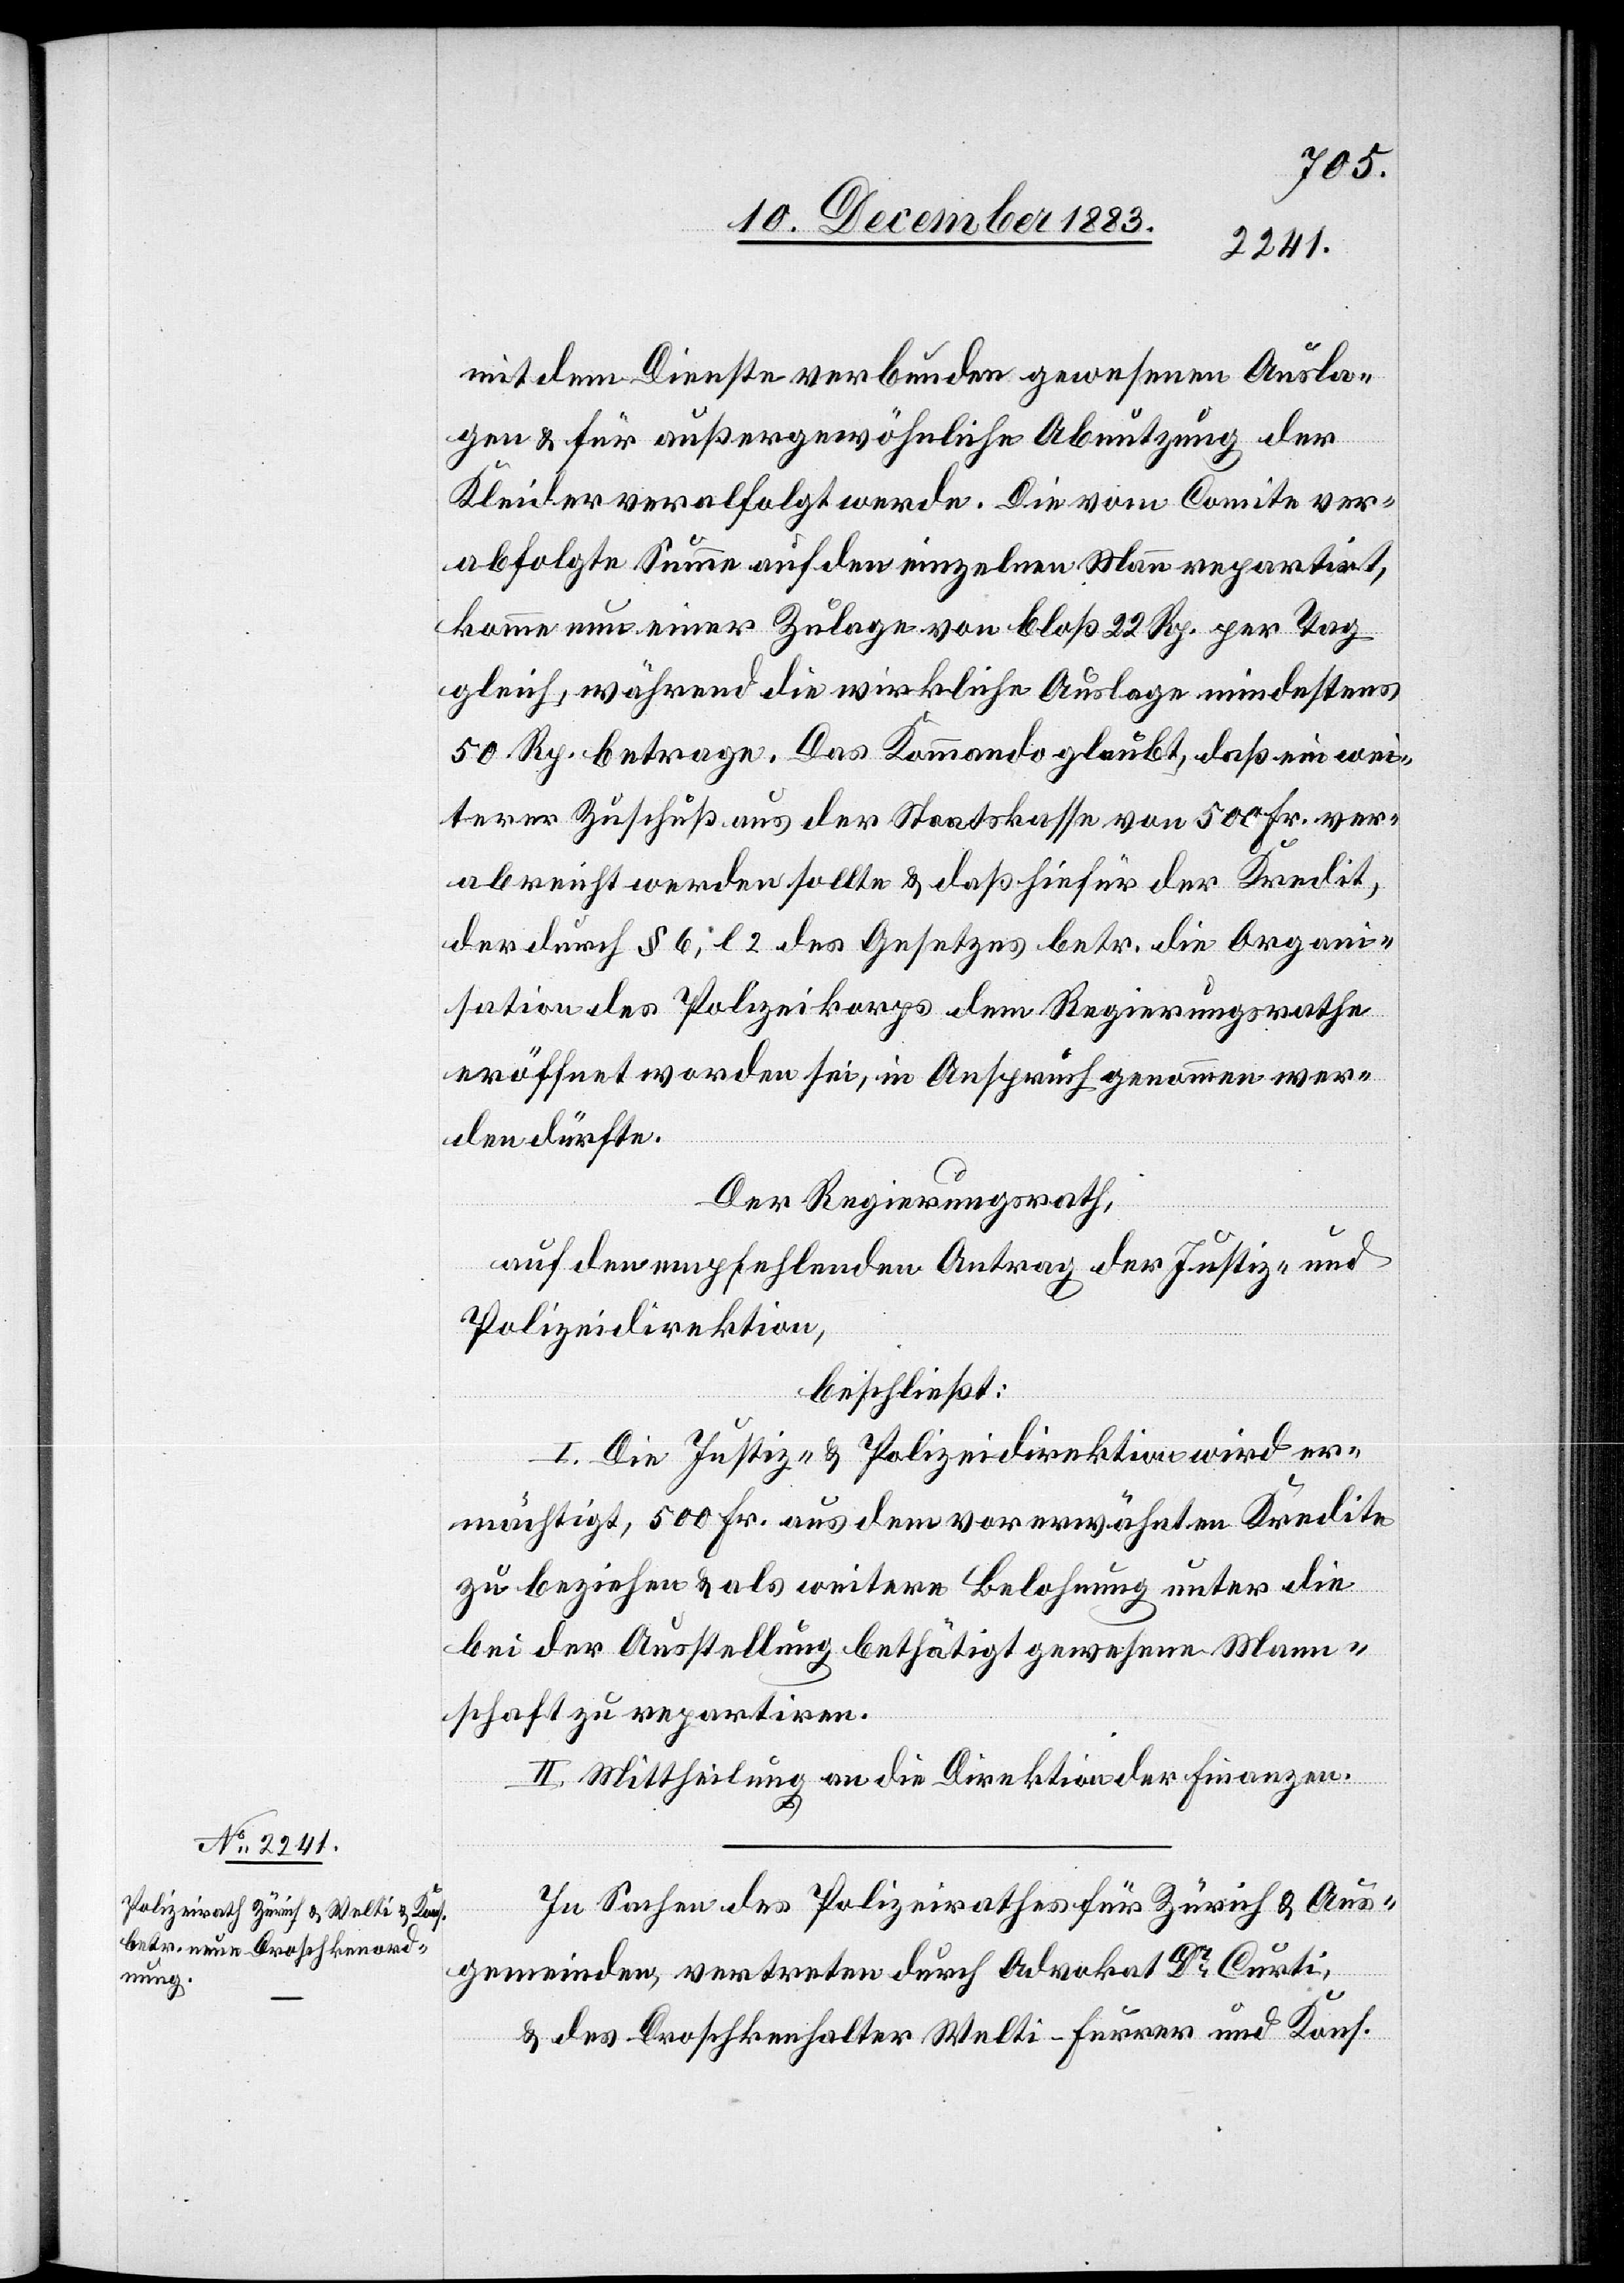
mit dem Dienste verbunden gewesenen Ausla¬
gen & für außergewöhnliche Abnutzung der
Kleider verabfolgt werde. Die vom Comite ver¬
abfolgte Summe auf den einzelnen Mann repartirt,
komme nun einer Zulage von bloß 22 Rp. per Tag
gleich, während die wirkliche Auslage mindestens
50 Rp. betrage. Das Kommando glaubt, daß ein wei¬
terer Zuschuß aus der Staatskasse von 500 Fr. ver¬
abreicht werden sollte & daß hiefür der Kredit,
der durch § 6, l. 2 des Gesetzes betr. die Organi¬
sation des Polizeikorps dem Regierungsrathe
eröffnet worden sei, in Anspruch genommen wer¬
den dürfte.
Der Regierungsrath,
auf den empfehlenden Antrag der Justiz- und
Polizeidirektion,
beschließt:
I. Die Justiz- & Polizeidirektion wird er¬
mächtigt, 500 Fr. aus dem vorerwähnten Kredite
zu beziehen & als weitere Belohnung unter die
bei der Ausstellung bethätigt gewesene Mann¬
schaft zu repartiren.
II. Mittheilung an die Direktion der Finanzen.